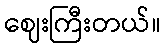
ဈေးကြီးတယ်။